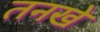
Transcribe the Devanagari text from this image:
तनखे